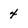
Character: 4